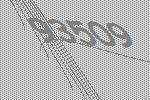
93509